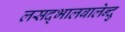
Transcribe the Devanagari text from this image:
लसद्भालबालेन्दु